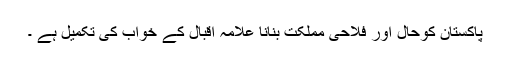
پاکستان کوحال اور فلاحی مملکت بنانا علامہ اقبال کے خواب کی تکمیل ہے ۔